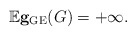
\begin{align*} \mathbb{E} {\bf g}_{\rm GE}(G) = +\infty. \end{align*}